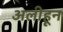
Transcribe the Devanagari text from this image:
अलीहून